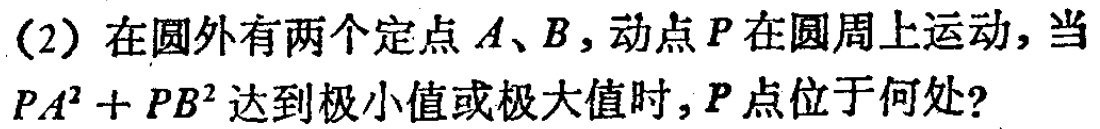
(2) 在圆外有两个定点 \(A、B\)，动点 \(P\) 在圆周上运动，当 \(PA^{2}+PB^{2}\) 达到极小值或极大值时，\(P\) 点位于何处？